Problem: 3 × 4 = ?
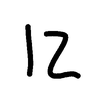
Handwritten answer: 12